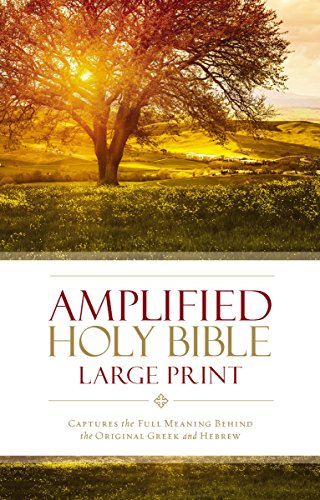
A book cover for Amplified Holy Bible, Large Print: Captures the Full Meaning Behind the Original Greek and Hebrew; Zondervan; Christian Books & Bibles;